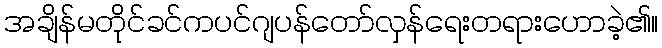
အချိန်မတိုင်ခင်ကပင်ဂျပန်တော်လှန်ရေးတရားဟောခဲ့၏။